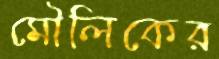
মৌলিকের